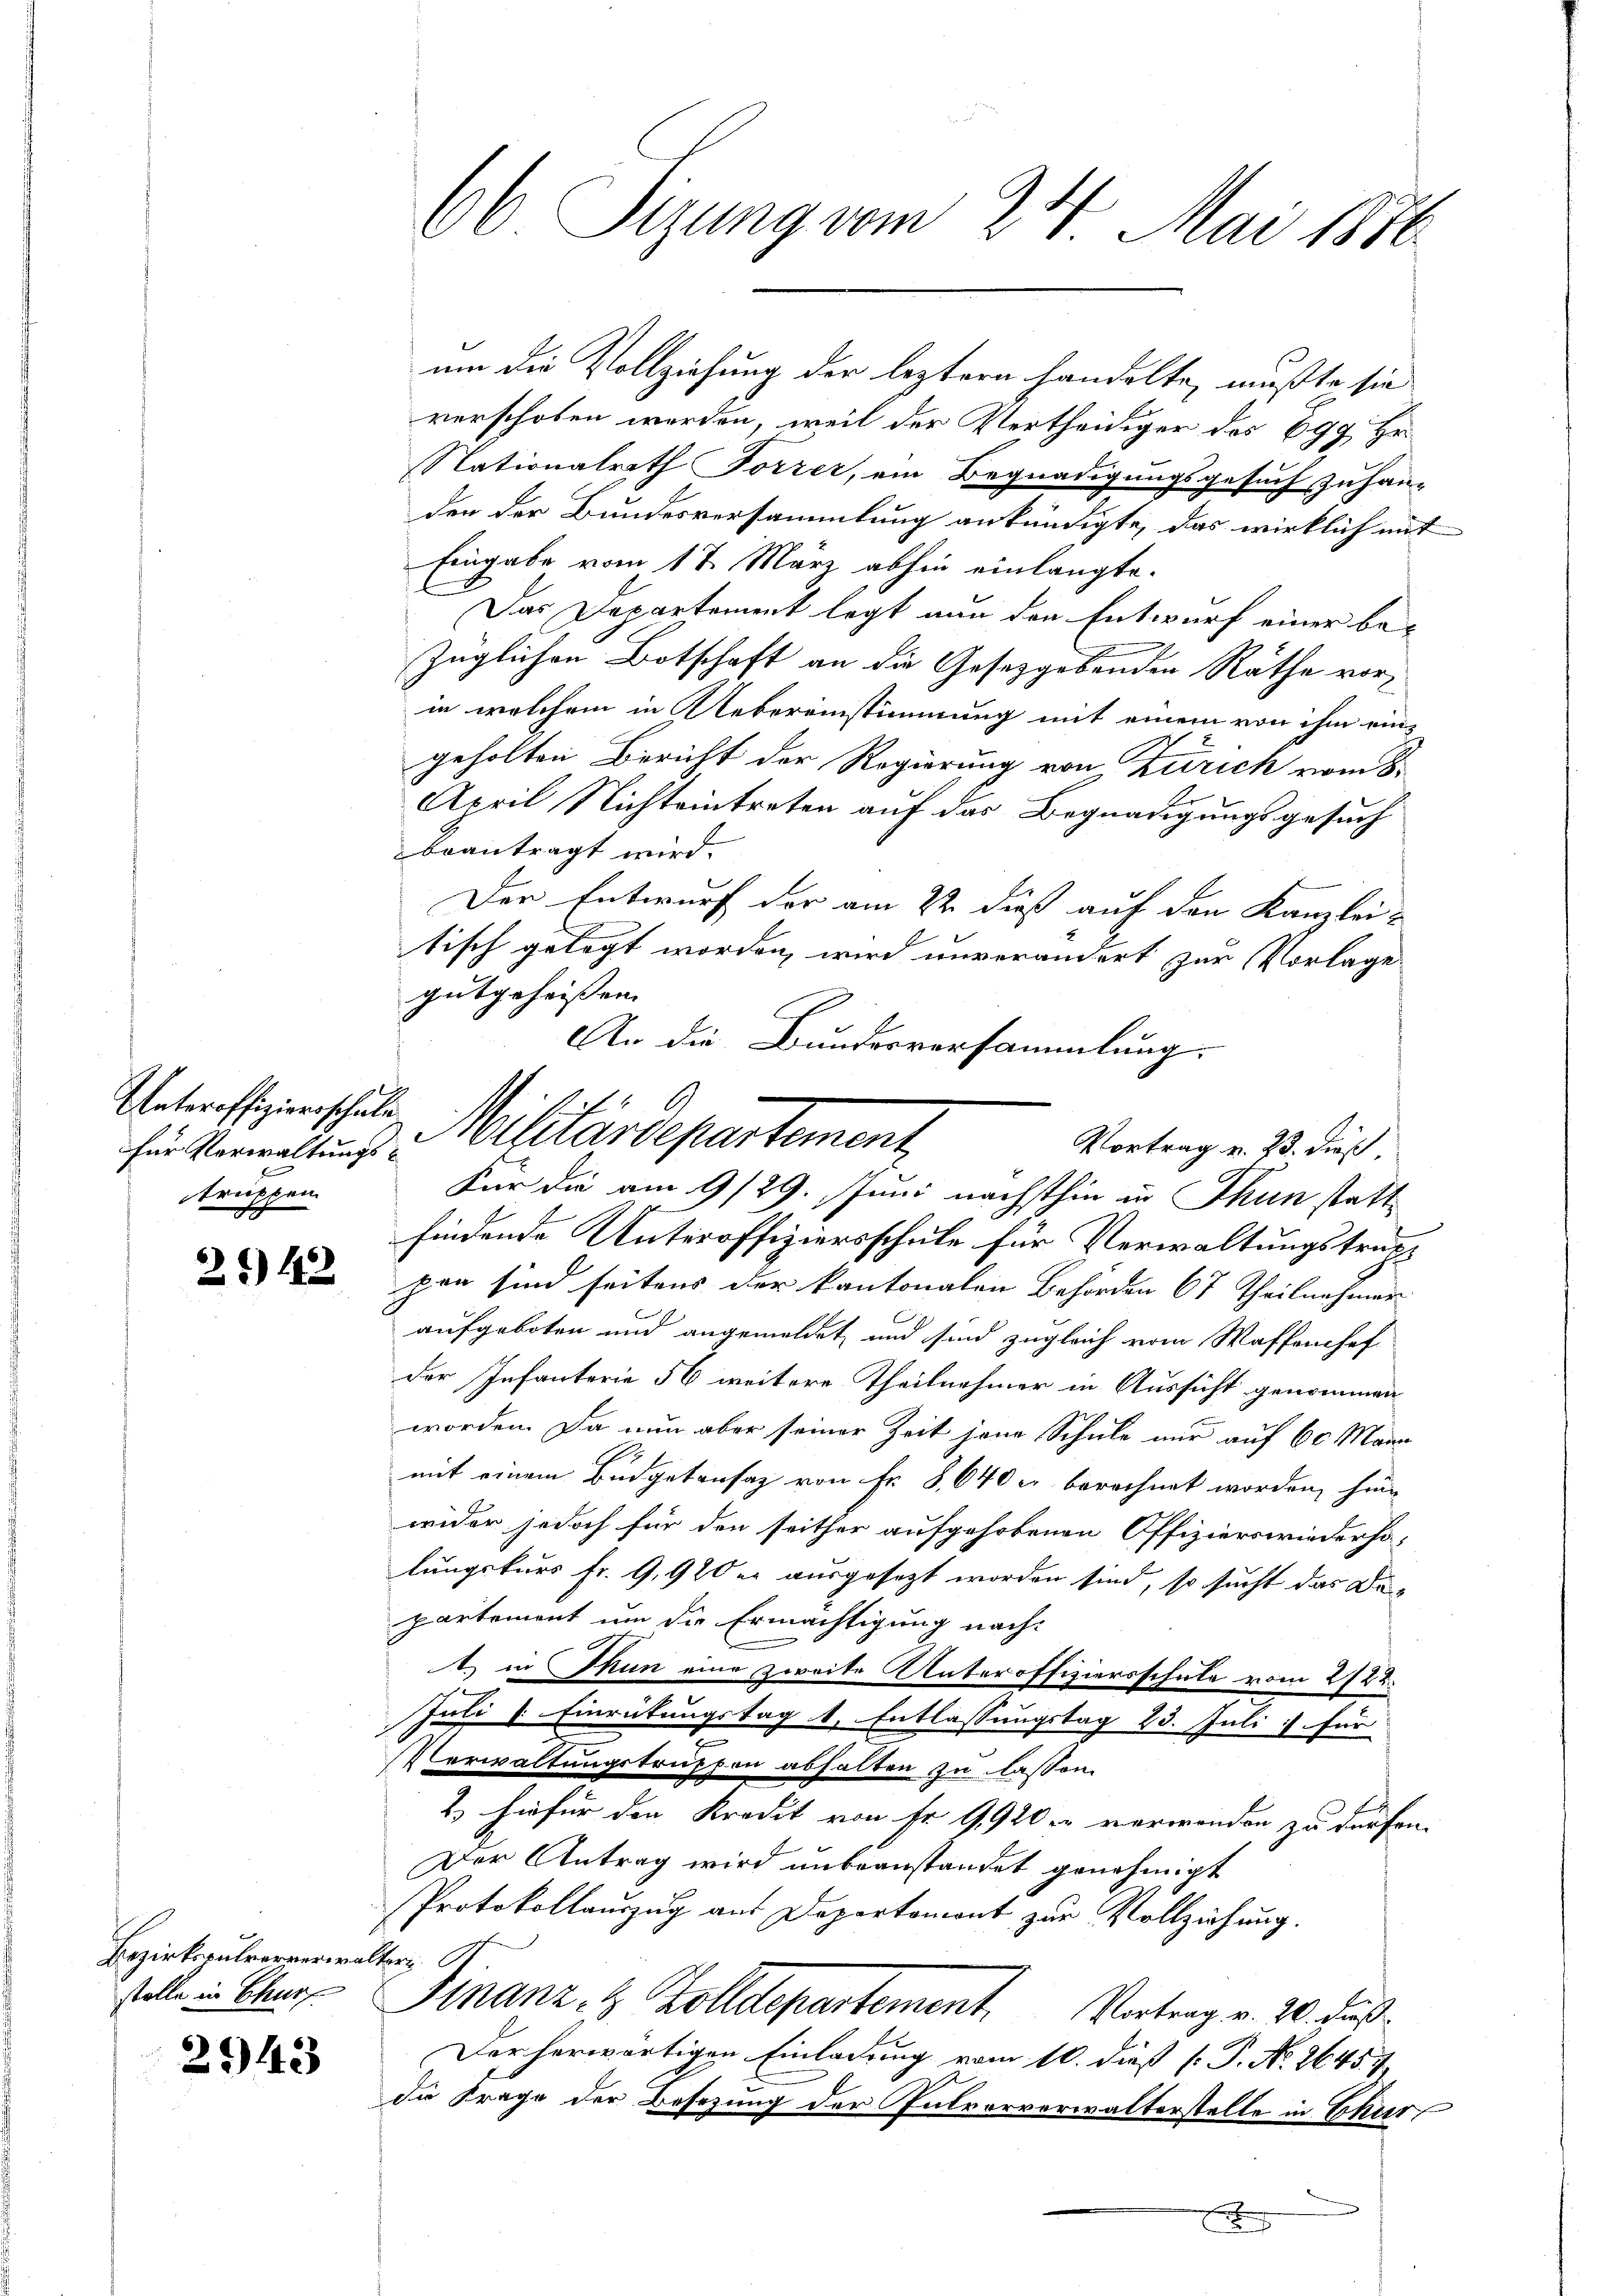
Unteroffiziersschule,
für Verwaltungstruppen

26) 42

Bezirkspulververwalter St
stelle in Churf

2943

verschoben werden, weil der Vertheidiger des Egg Hr.
Nationalrath Forrer, ein Begnadigungsgesuch zu handen der Bundesversammlung ankündigte, das wirklich mit
Eingabe vom 17. März abhin einlangte.
Das Departement legt nun den Entwurf einer bezüglichen Botschaft an die Gesetzgebenden Räthe vorin welchem in Uebereinstimmung mit einem von ihm eingeholten Bericht der Regierung von Zürich vom 8.
April Nichteintreten auf das Begnadigungsgesuch
beantragt wird.
Der Entwurf der am 22 dieß auf den Kanzlei-
tisch gelegt worden, wird unverändert zur Vorlage
gutgeheissen.
An die Bundesversammlung.

66 Sizung vom 24. Mai 1876

um die Vollziehung der leztern handelte, mußte sie

Militärdepartement
Vortrag v. 23. dieß,

Für die am 9/29. Juni nächsthin in Thun statt
findende Unteroffiziersschule für Verwaltungstruppen sind seitens der kantonalen Behörden 67 Theilnehmen
aufgeboten und angemeldet und sind zugleich vom Waffenhof
der Infanterie 56 weitere Theilnehmer in Aussicht genommen
worden. Da nun aber seiner Zeit jene Schule nur auf 60 Mann
mit einem Budgetansaz von Fr. S. 640 u berechnet worden, hin
wider jedoch für den seither aufgehobenen Offizierswiederho-
lungskurs Fr. 9,910 er ausgesetzt worden sind, so sucht das Departement um die Ermächtigung nach¬
1) in Thun eine zweite Unteroffiziersschule vom 2122.

Juli l. Einrütungstag b. Entlassungstag 23. Juli für
Verwaltungstruppen abhalten zu lassen.
2. hiefür der Kredit von Fr. 9920 er verwanden zu dürfen.
Der Antrag wird unbeanstandet genehmigt
Protokollauszug aus Departamont zur Vollziehung.
Finanz, H. Zolldepartement. Vortrag v. 20. dieß
Der herwärtigen Einladung vom 10. dieß P. No. 2645. 4
die Frage der Besezung der Introrverwalterstelle in Chur
E